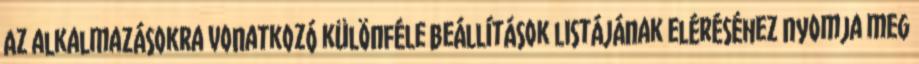
Az alkalmazásokra vonatkozó különféle beállítások listájának eléréséhez nyomja meg